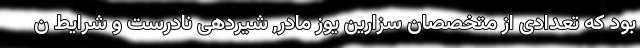
بود که تعدادی از متخصصان سزارین یوز مادر, شیردهی نادرست و شرایط ن